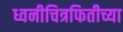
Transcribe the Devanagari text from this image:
ध्वनीचित्रफितीच्या